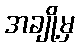
အချို့မှ